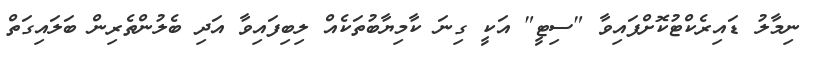
ނިމާލު ޑައިރެކްޓުކޮށްފައިވާ "ސިޓީ" އަކީ ގިނަ ކާމިޔާބުތަކެއް ލިބިފައިވާ އަދި ބެލުންތެރިން ބަލައިގަތް